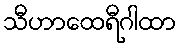
သီဟာထေရီဂါထာ